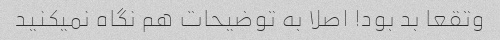
وتقعا بد بود! اصلا به توضیحات هم نگاه نمیکنید